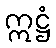
ဣဋ္ဌံ